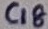
Text: C18